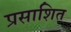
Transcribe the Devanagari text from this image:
प्रसाशित